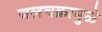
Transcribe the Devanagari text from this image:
जलचक्रामुळे